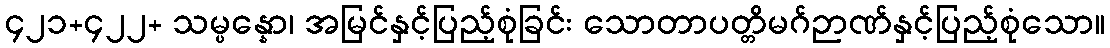
၄၂၁+၄၂၂+ သမ္ပန္နော၊ အမြင်နှင့်ပြည့်စုံခြင်း သောတာပတ္တိမဂ်ဉာဏ်နှင့်ပြည့်စုံသော။